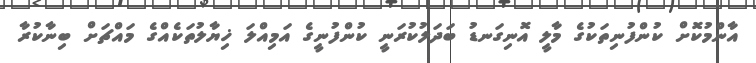
އާންމުކޮށް ކުންފުނިތަކުގެ މާލީ އޮނިގަނޑު ބަދަލުކުރަނީ ކުންފުނީގެ އަމިއްލަ ޚިޔާލުތަކެއްގެ މައްޗަށް ބިނާކުރާ